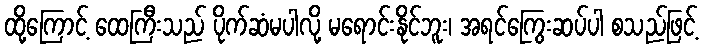
ထို့ကြောင့် ထေကြီးသည် ပိုက်ဆံမပါလို့ မရောင်းနိုင်ဘူး၊ အရင်ကြွေးဆပ်ပါ စသည်ဖြင့်